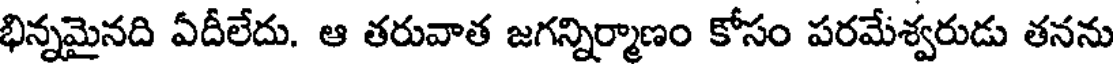
భిన్నమైనది ఏదీలేదు. ఆ తరువాత జగన్నిర్మాణం కోసం పరమేశ్వరుడు తనను